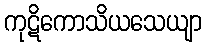
ကုဋိကောသိယသေယျာ